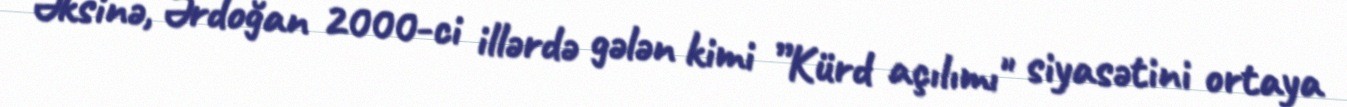
Əksinə, Ərdoğan 2000-ci illərdə gələn kimi ”Kürd açılımı" siyasətini ortaya